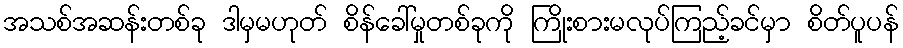
အသစ်အဆန်းတစ်ခု ဒါမှမဟုတ် စိန်ခေါ်မှုတစ်ခုကို ကြိုးစားမလုပ်ကြည့်ခင်မှာ စိတ်ပူပန်